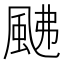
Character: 𩖼